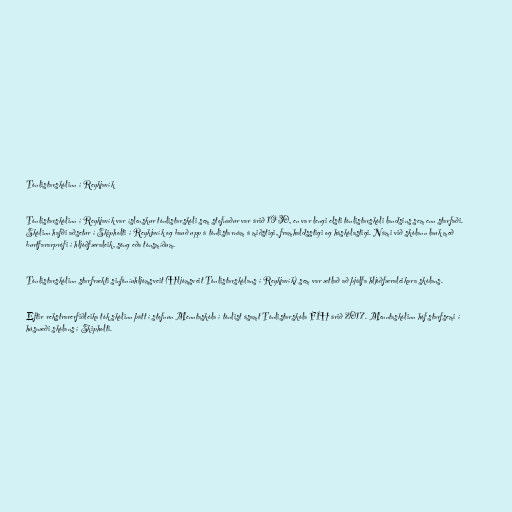
Tónlistarskólinn í Reykjavík

Tónlistarskólinn í Reykjavík var íslenskur tónlistarskóli sem stofnaður var árið 1930, en var lengi elsti tónlistarskóli landsins sem enn starfaði.
Skólinn hafði aðsetur í Skipholti í Reykjavík og bauð upp á tónlistarnám á miðstigi, framhaldsstigi og háskólastigi. Námi við skólann lauk með
burtfararprófi í hljóðfæraleik, söng eða tónsmíðum.

Tónlistarskólinn starfrækti sinfóníuhljómsveit (Hljómsveit Tónlistarskólans í Reykjavík) sem var ætlað að þjálfa hljóðfæraleikara skólans.

Eftir rekstrarerfiðleika tók skólinn þátt í stofnun Menntaskóla í tónlist ásamt Tónlistarskóla FÍH árið 2017. Menntaskólinn hóf starfsemi í
húsnæði skólans í Skipholti.